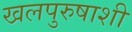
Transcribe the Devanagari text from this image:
खलपुरुषाशी